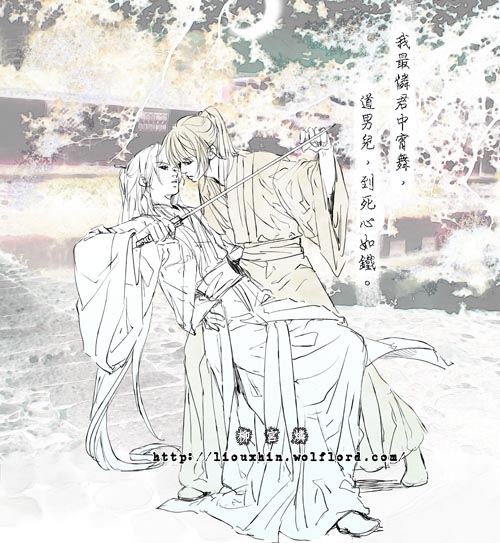
我最怜君中宵舞，道男儿到死心如铁。